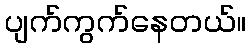
ပျက်ကွက်နေတယ်။